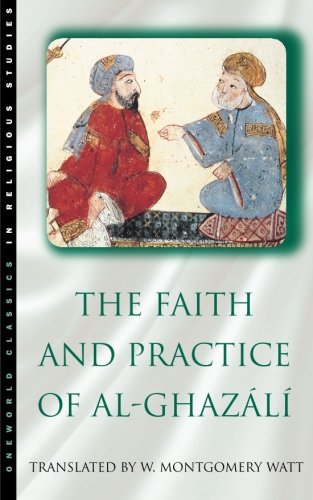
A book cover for The Faith and Practice of Al-Ghazali (Oneworld Classics in Religious Studies); W. Montgomery Watt; Religion & Spirituality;